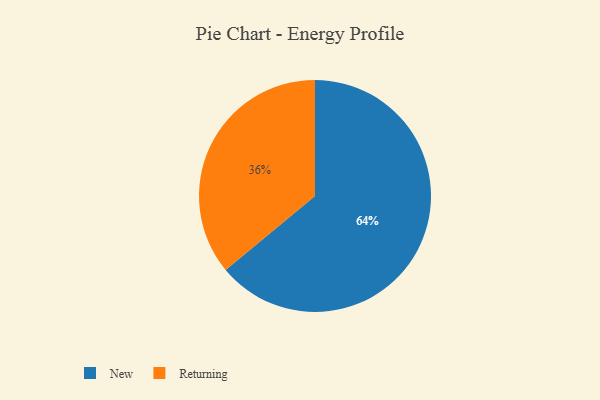
{"axis": {"x": "Category", "y": "Percentage"}, "legend": ["New", "Returning"], "data": [{"x": "Returning", "y": 36, "type": "Returning"}, {"x": "New", "y": 64, "type": "New"}]}